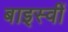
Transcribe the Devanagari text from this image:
बाइस्वीं